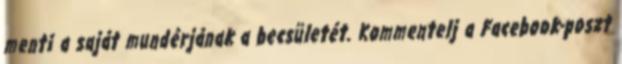
menti a saját mundérjának a becsületét. Kommentelj a Facebook-poszt